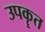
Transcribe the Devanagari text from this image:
उपकॄत